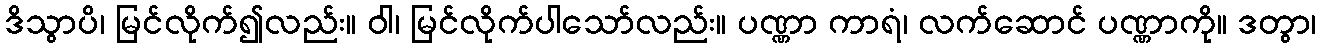
ဒိသွာပိ၊ မြင်လိုက်၍လည်း။ ဝါ၊ မြင်လိုက်ပါသော်လည်း။ ပဏ္ဏာ ကာရံ၊ လက်ဆောင် ပဏ္ဏာကို။ ဒတွာ၊